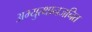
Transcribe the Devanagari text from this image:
अभ्युत्थानजनित